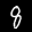
Label: 8